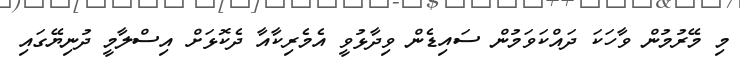
މި މޭރުމުން ވާހަކަ ދައްކަވަމުން ސައިޑެން ވިދާޅުވީ އެމެރިކާއާ ދެކޮޅަށް އިސްލާމީ ދުނިޔޭގައި